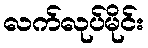
လက်လုပ်မိုင်း